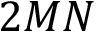
2 M N